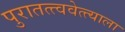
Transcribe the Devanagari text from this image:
पुरातत्त्ववेत्त्याला